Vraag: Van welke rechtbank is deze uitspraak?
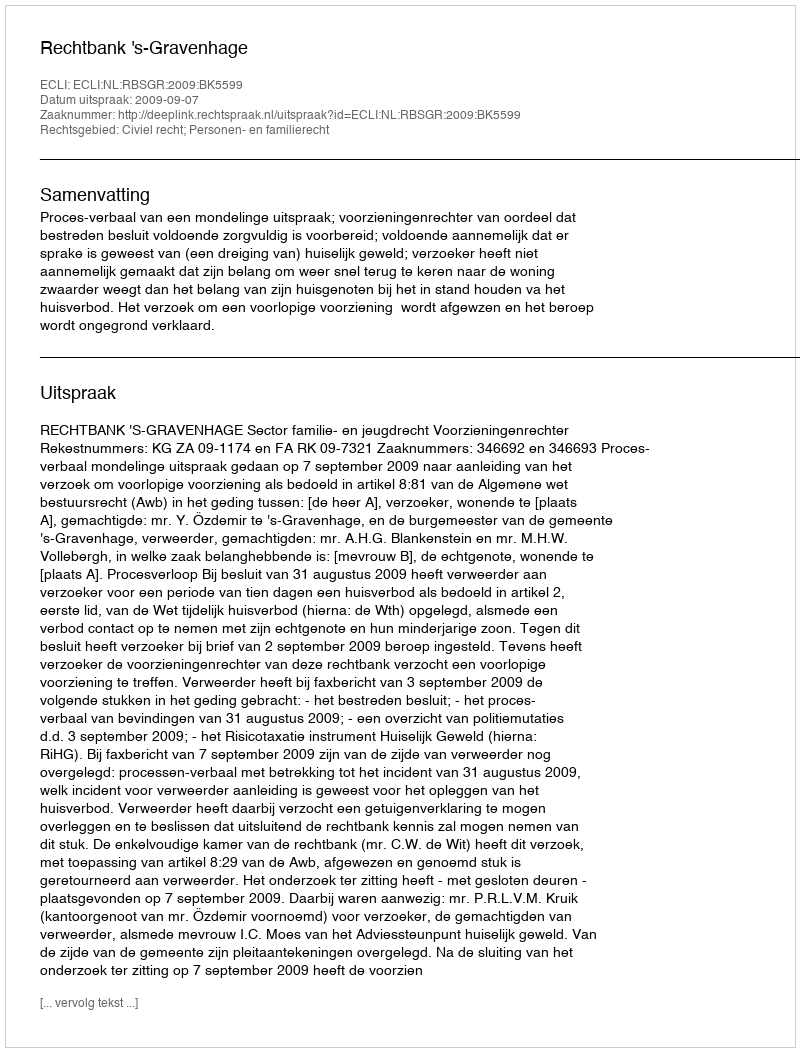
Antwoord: Rechtbank 's-Gravenhage